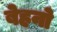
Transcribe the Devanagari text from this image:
बेहनो